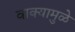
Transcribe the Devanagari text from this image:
वाक्यामुळे